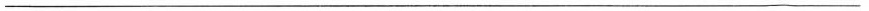
___